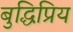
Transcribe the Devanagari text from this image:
बुद्धिप्रिय